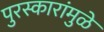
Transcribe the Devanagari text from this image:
पुरस्कारांमुळे